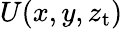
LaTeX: U(x,y,z_{\mathrm{t}})